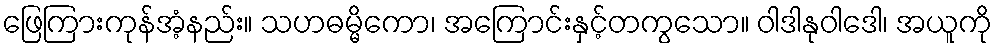
ဖြေကြားကုန်အံ့နည်း။ သဟဓမ္မိကော၊ အကြောင်းနှင့်တကွသော။ ဝါဒါနုဝါဒေါ၊ အယူကို